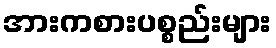
အားကစားပစ္စည်းများ